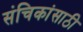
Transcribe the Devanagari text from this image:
संचिकांसाठी